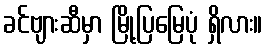
ခင်ဗျားဆီမှာ မြို့ပြမြေပုံ ရှိလား။